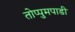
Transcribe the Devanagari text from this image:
तोप्पुमपाडी